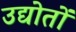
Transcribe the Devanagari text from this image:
उद्योतों